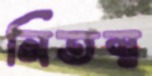
নিতম্ব